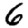
Digit: 6